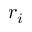
r _ { i }